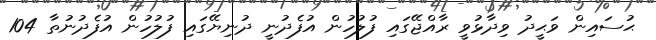
ޙުސައިން ވަޙީދު ވިދާޅުވީ ރާއްޖޭގައި ފުލުހުން އުފެދުނީ ދުނިޔޭގައި ފުލުހުން އުފެދުނުތާ 104